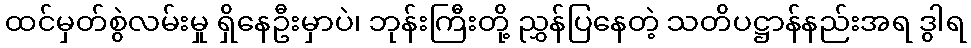
ထင်မှတ်စွဲလမ်းမှု ရှိနေဦးမှာပဲ၊ ဘုန်းကြီးတို့ ညွှန်ပြနေတဲ့ သတိပဋ္ဌာန်နည်းအရ ဒွါရ